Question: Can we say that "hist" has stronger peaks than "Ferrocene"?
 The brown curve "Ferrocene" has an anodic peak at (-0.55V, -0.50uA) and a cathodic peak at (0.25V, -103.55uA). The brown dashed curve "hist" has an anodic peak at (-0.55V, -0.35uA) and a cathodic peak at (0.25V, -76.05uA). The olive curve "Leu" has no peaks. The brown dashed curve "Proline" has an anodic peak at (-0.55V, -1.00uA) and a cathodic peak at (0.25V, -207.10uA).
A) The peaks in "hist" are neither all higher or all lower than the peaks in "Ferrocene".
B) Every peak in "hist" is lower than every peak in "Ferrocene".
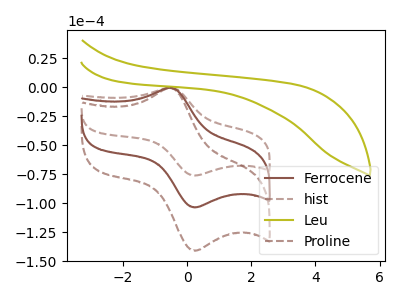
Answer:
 <answer>A) The peaks in "hist" are neither all higher or all lower than the peaks in "Ferrocene".</answer>
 <eval>A</eval>